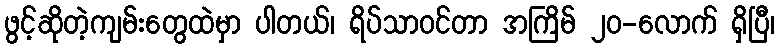
ဖွင့်ဆိုတဲ့ကျမ်းတွေထဲမှာ ပါတယ်၊ ရိပ်သာဝင်တာ အကြိမ် ၂၀-လောက် ရှိပြီ၊